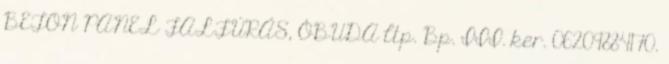
BETON PANEL FALFÚRÁS, ÓBUDA ltp. Bp. III. ker. 06209884170.